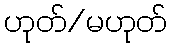
ဟုတ်/မဟုတ်